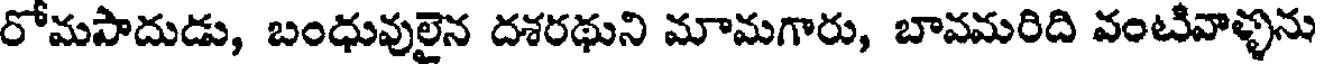
రోమపాదుడు, బంధువులైన దశరథుని మామగారు, బావమరిది వంటివాళ్ళను